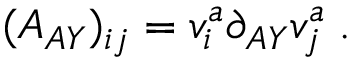
( A _ { A Y } ) _ { i j } = v _ { i } ^ { a } \partial _ { A Y } v _ { j } ^ { a } \; .